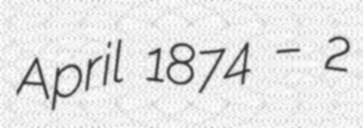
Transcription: April 1874 – 2